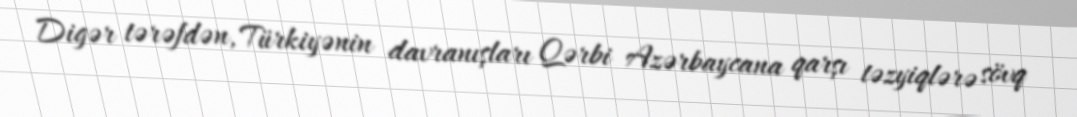
Digər tərəfdən, Türkiyənin davranışları Qərbi Azərbaycana qarşı təzyiqlərə sövq